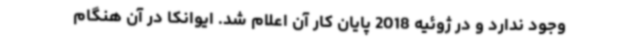
وجود ندارد و در ژوئیه 2018 پایان کار آن اعلام شد. ایوانکا در آن هنگام